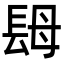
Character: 𨱱